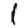
Digit: 1